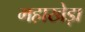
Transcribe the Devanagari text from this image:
महाखेड़ा